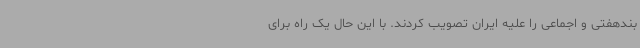
بندهفتی و اجماعی را علیه ایران تصویب کردند. با این حال یک راه برای